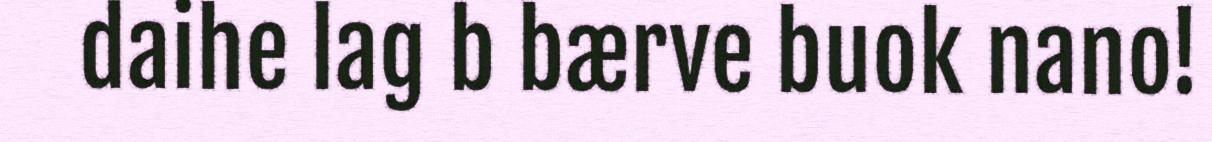
daihe lag b bærve buok nano!